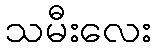
သမီးလေး